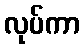
လုပ်ကာ